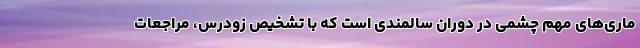
ماری‌های مهم چشمی در دوران سالمندی است که با تشخیص زودرس، مراجعات